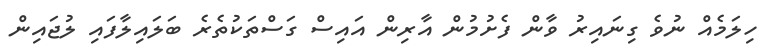
ހިލަމެއް ނުވެ ގިނައިރު ވާން ފެށުމުން އާރިން އައިސް ގަސްތަކުތެރެ ބަލައިލާފައި ލުޖައިން